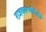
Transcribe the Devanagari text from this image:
राजकारणींपैकी